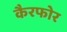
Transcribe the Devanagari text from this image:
कैरफोर